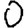
Digit: 0